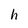
Character: h